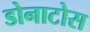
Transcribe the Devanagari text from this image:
डोनाटोस